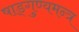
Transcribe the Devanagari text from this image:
षाड्गुण्यमन्त्र